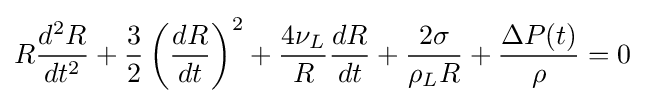
R{\frac {d^{2}R}{dt^{2}}}+{\frac {3}{2}}\left({\frac {dR}{dt}}\right)^{2}+{\frac {4\nu _{L}}{R}}{\frac {dR}{dt}}+{\frac {2\sigma }{\rho _{L}R}}+{\frac {\Delta P(t)}{\rho }}=0